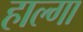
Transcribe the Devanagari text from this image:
हाल्गा